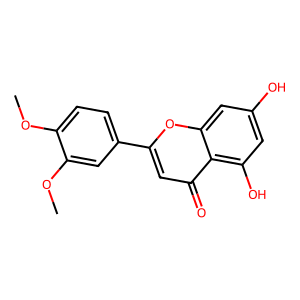
SMILES: COc1ccc(-c2cc(=O)c3c(O)cc(O)cc3o2)cc1OC
Inhibits HIV replication: No